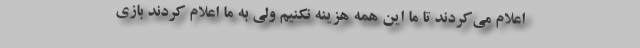
اعلام می‌کردند تا ما این همه هزینه نکنیم ولی به ما اعلام کردند بازی